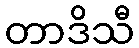
တာဒိသီ